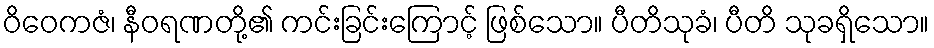
ဝိဝေကဇံ၊ နီဝရဏတို့၏ ကင်းခြင်းကြောင့် ဖြစ်သော။ ပီတိသုခံ၊ ပီတိ သုခရှိသော။